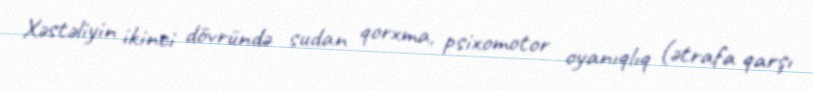
Xəstəliyin ikinci dövründə sudan qorxma, psixomotor oyanıqlıq (ətrafa qarşı